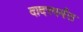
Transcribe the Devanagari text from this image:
दादरपर्यंत